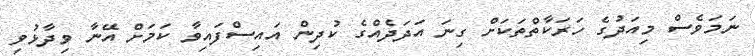
ނަމަވެސް މިއަދުގެ ހަރަކާތްތަކަށް ގިނަ އަދަދެއްގެ ކުދިން އައިސްފައިވާ ކަމަށް އޭނާ ވިދާޅުވި